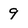
Character: 9